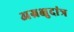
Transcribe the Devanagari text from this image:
अग्रक्षुदांत्र